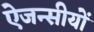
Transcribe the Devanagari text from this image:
ऐजन्सीयों